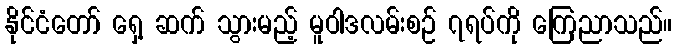
နိုင်ငံတော် ရှေ့ ဆက် သွားမည့် မူဝါဒလမ်းစဉ် ၇ရပ်ကို ကြေညာသည်။